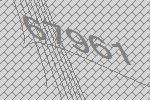
67961